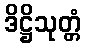
ဒိဋ္ဌိသုတ္တံ